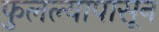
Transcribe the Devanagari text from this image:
फुलल्यापासून